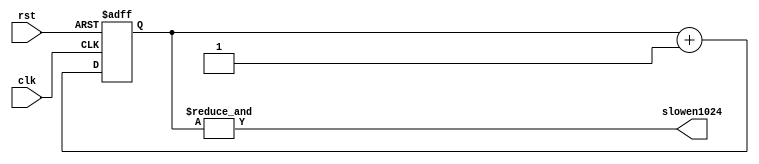
`timescale 1ns / 1ps

module div1024(clk,rst, slowen1024);

	input clk,rst;
	output slowen1024;

	reg[9:0] slowen_count;

	always @(posedge clk or posedge rst) 
	begin
		if (rst) slowen_count<=10'b0000000000;
		else slowen_count<=slowen_count+1;
	end

	assign slowen1024=&slowen_count;
endmodule